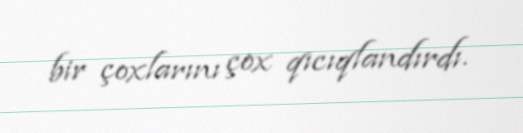
bir çoxlarını çox qıcıqlandırdı.